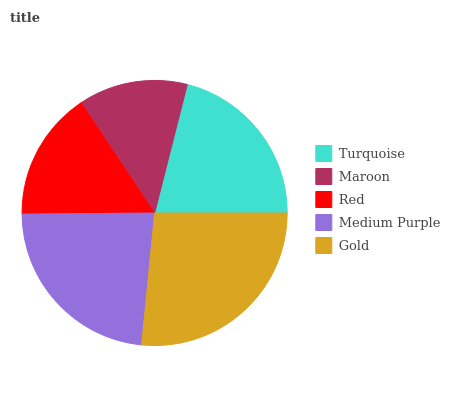
| Turquoise | Maroon | Red | Medium Purple | Gold |
 | --- | --- | --- | --- | --- |
 | 21% | 13.3% | 15.8% | 23.3% | 26.6% |